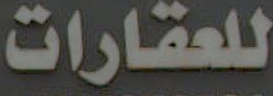
للعقارات